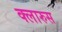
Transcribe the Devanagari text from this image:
क्लारुस